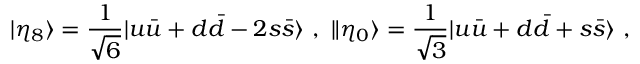
| \eta _ { 8 } \rangle = \frac { 1 } { \sqrt { 6 } } | u \bar { u } + d \bar { d } - 2 s \bar { s } \rangle \ , \ \| \eta _ { 0 } \rangle = \frac { 1 } { \sqrt { 3 } } | u \bar { u } + d \bar { d } + s \bar { s } \rangle \ ,